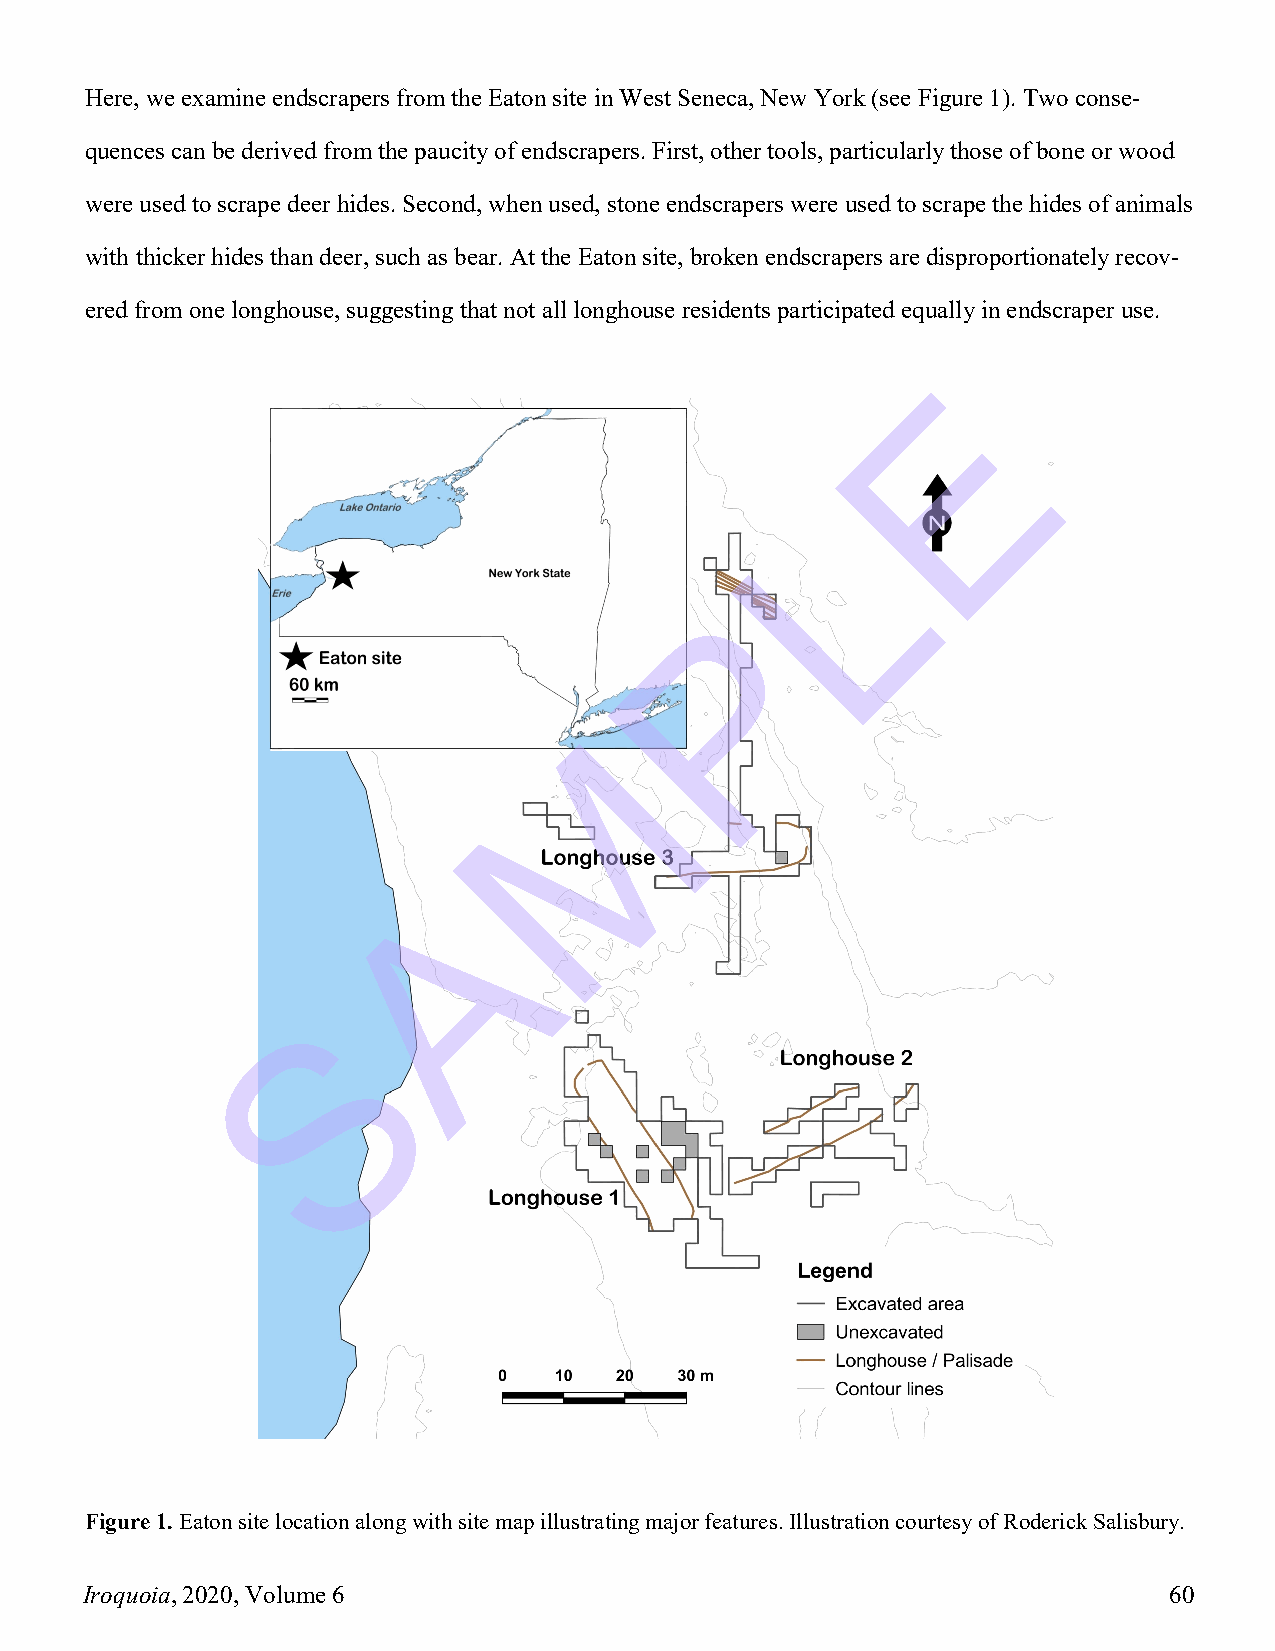
Here, we examine endscrapers from the Eaton site in West Seneca, New York (see Figure 1). Two conse-
 quences can be derived from the paucity of endscrapers. First, other tools, particularly those of bone or wood
 were used to scrape deer hides. Second, when used, stone endscrapers were used to scrape the hides of animals
 with thicker hides than deer, such as bear. At the Eaton site, broken endscrapers are disproportionately recov-
 ered from one longhouse, suggesting that not all longhouse residents participated equally in endscraper use.
 E
 L
 P
 M
 A
 S
 Figure 1. Eaton site location along with site map illustrating major features. Illustration courtesy of Roderick Salisbury.
 Iroquoia, 2020, Volume 6                                                60